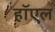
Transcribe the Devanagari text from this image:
हॉएल